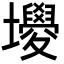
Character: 𡓻